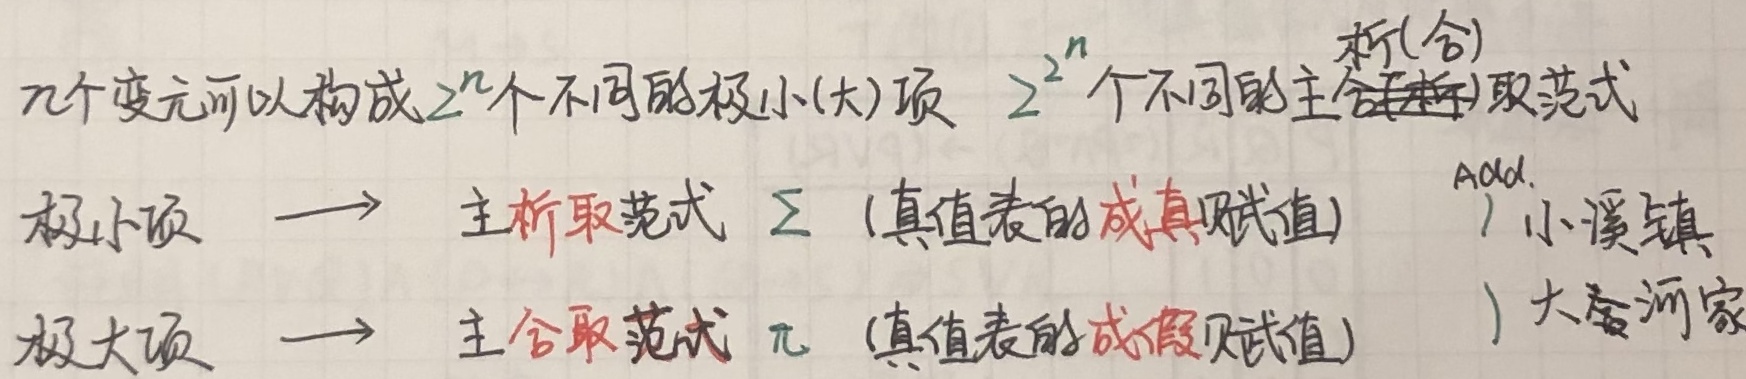
$n$个变元可以构成$2^{n}$个不同的极小（大）项，$2^{2^{n}}$个不同的主析（合）取范式。极小项$\longrightarrow$主析取范式$\sum$（真值表的成真赋值），极大项$\longrightarrow$主合取范式$\pi$（真值表的成假赋值）。Add. ) 小溪镇) 大奎河家